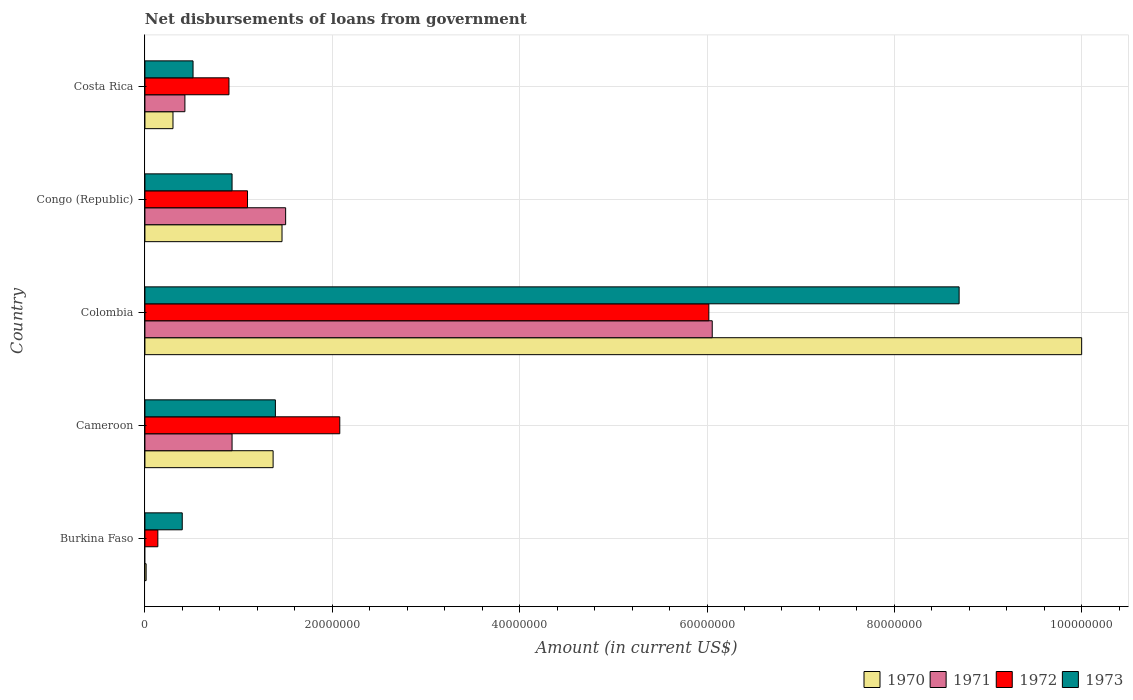
| Country | 1970 | 1971 | 1972 | 1973 |
 | --- | --- | --- | --- | --- |
 | Burkina Faso | 1.29e+05 | -1.88e+05 | 1.38e+06 | 3.98e+06 |
 | Cameroon | 1.37e+07 | 9.3e+06 | 2.08e+07 | 1.39e+07 |
 | Colombia | 1e+08 | 6.06e+07 | 6.02e+07 | 8.69e+07 |
 | Congo (Republic) | 1.46e+07 | 1.5e+07 | 1.1e+07 | 9.3e+06 |
 | Costa Rica | 3e+06 | 4.27e+06 | 8.97e+06 | 5.14e+06 |